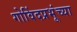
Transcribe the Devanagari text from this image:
गोविंदप्रभूंच्या